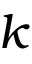
k